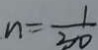
n = \frac { 1 } { 3 0 }